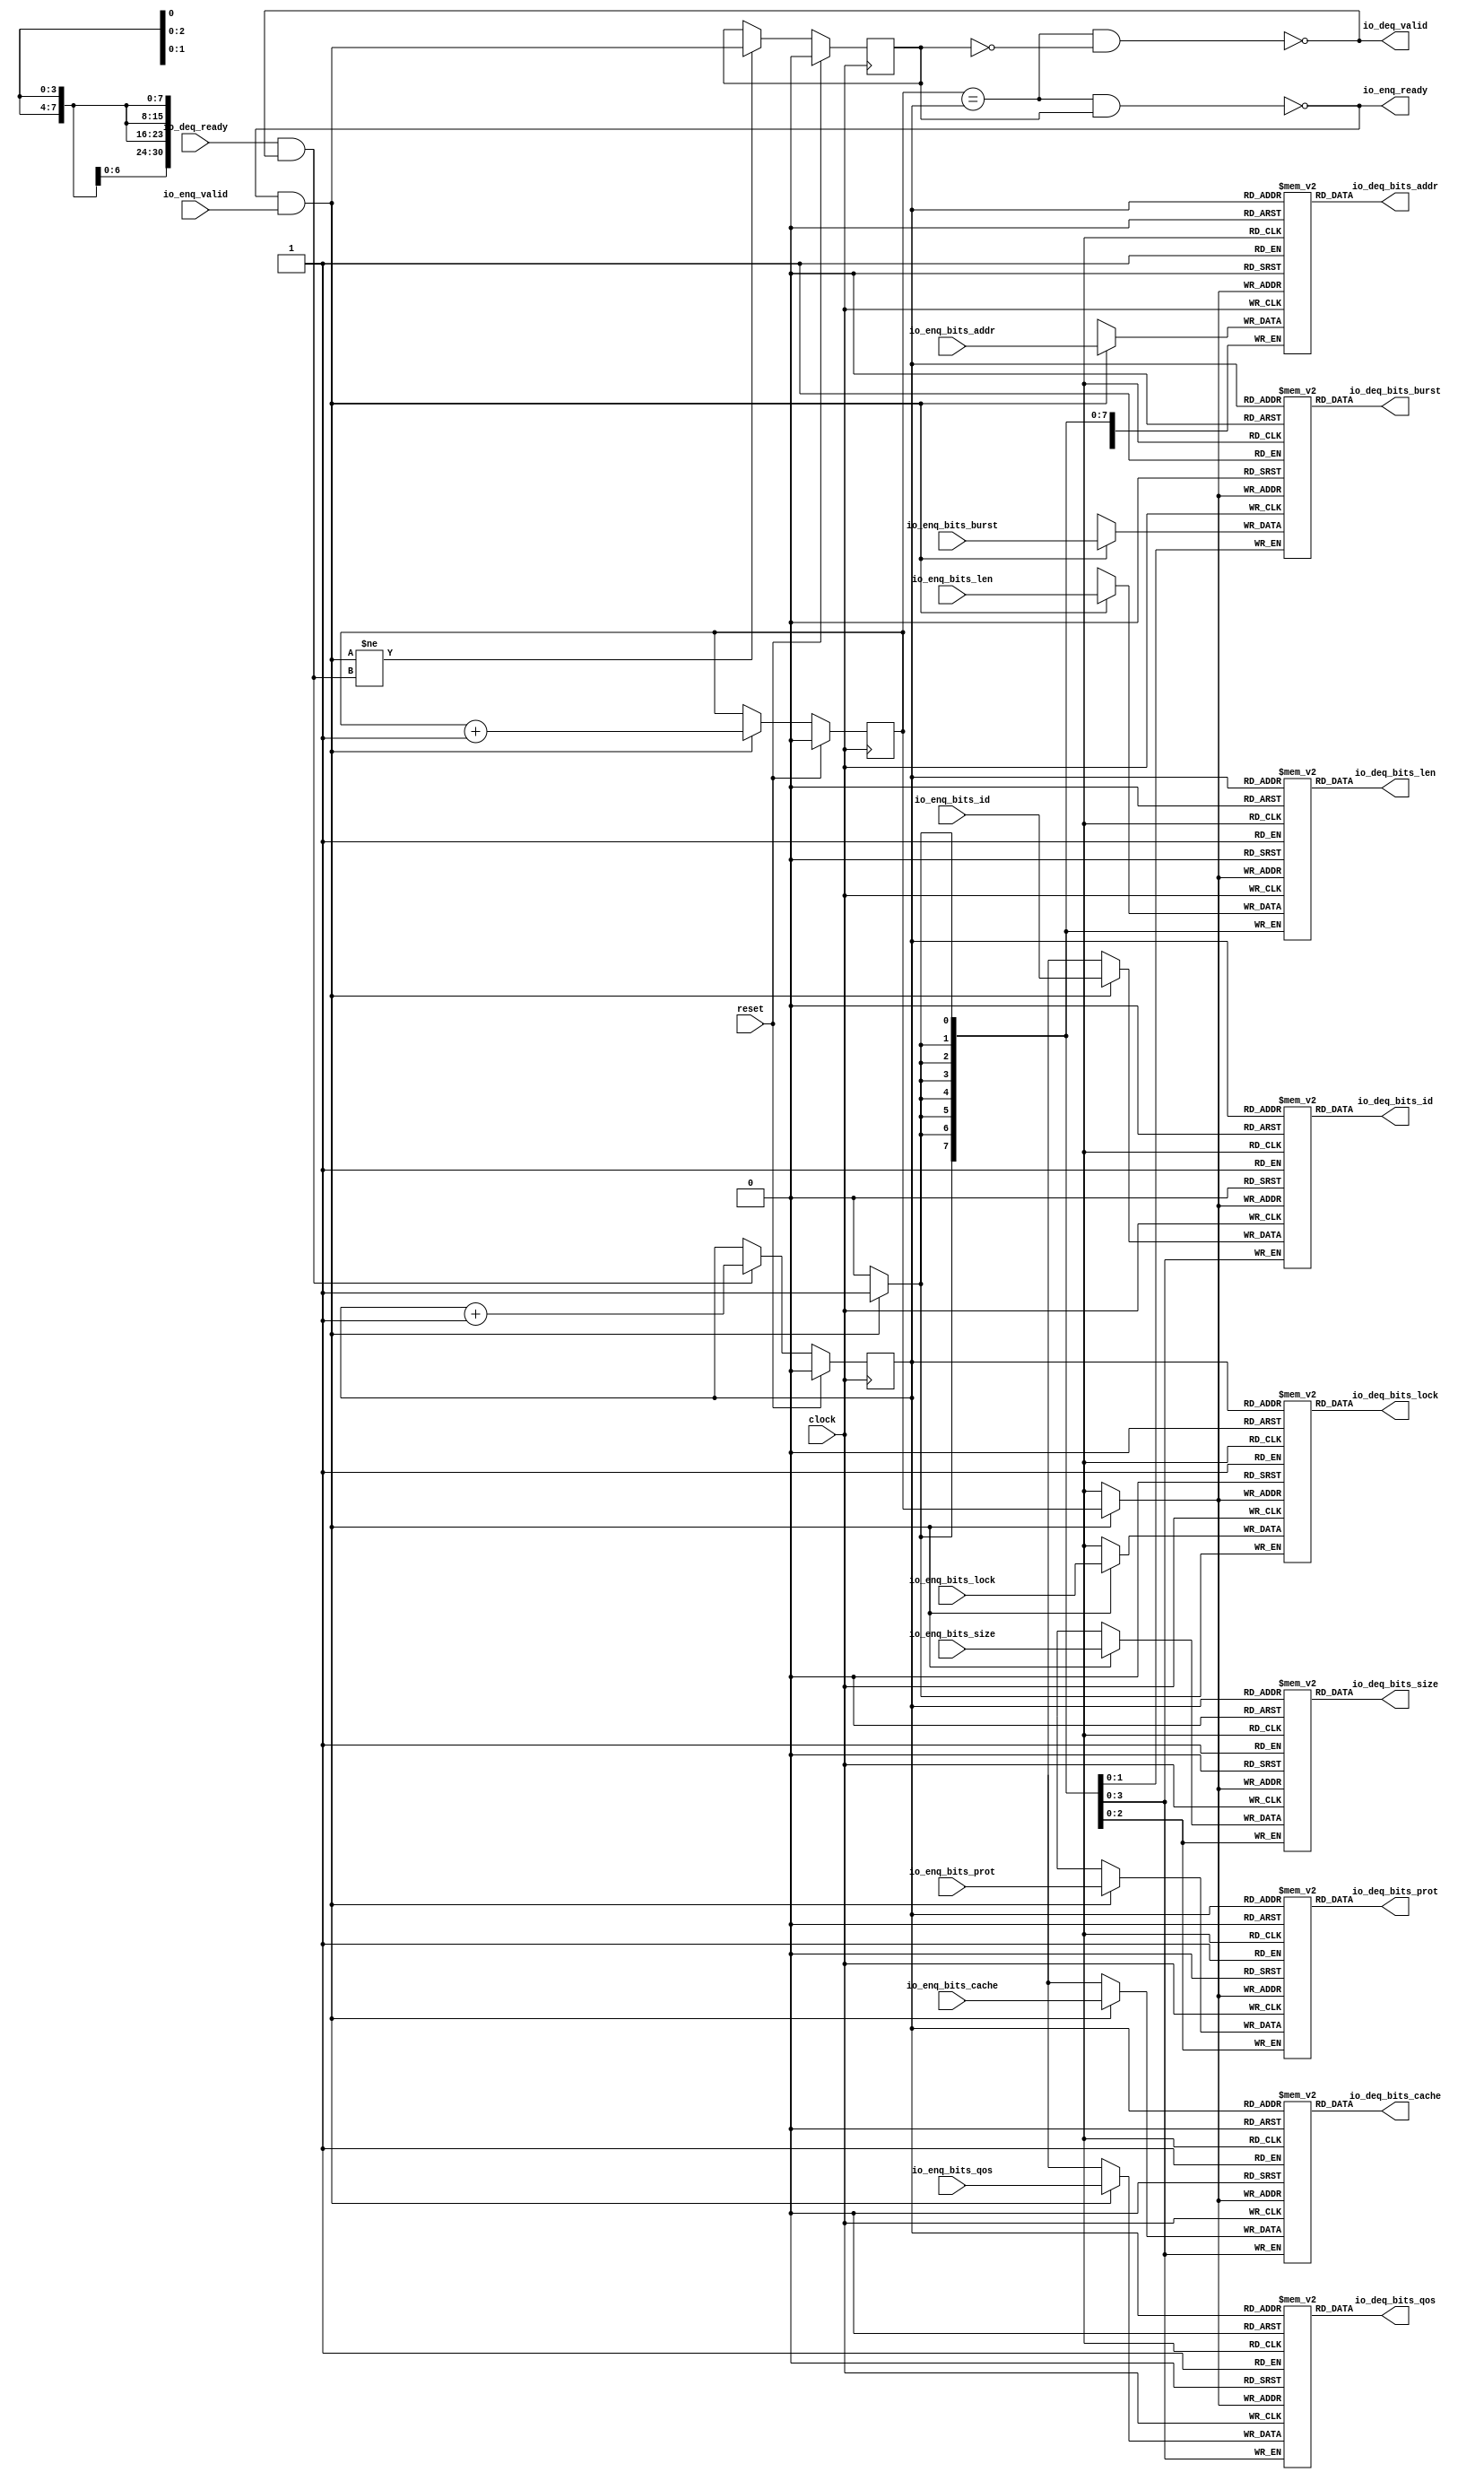
module Queue( // @[:freechips.rocketchip.system.DefaultRV32Config.fir@22351.2]
  input         clock, // @[:freechips.rocketchip.system.DefaultRV32Config.fir@22352.4]
  input         reset, // @[:freechips.rocketchip.system.DefaultRV32Config.fir@22353.4]
  output        io_enq_ready, // @[:freechips.rocketchip.system.DefaultRV32Config.fir@22354.4]
  input         io_enq_valid, // @[:freechips.rocketchip.system.DefaultRV32Config.fir@22354.4]
  input  [3:0]  io_enq_bits_id, // @[:freechips.rocketchip.system.DefaultRV32Config.fir@22354.4]
  input  [30:0] io_enq_bits_addr, // @[:freechips.rocketchip.system.DefaultRV32Config.fir@22354.4]
  input  [7:0]  io_enq_bits_len, // @[:freechips.rocketchip.system.DefaultRV32Config.fir@22354.4]
  input  [2:0]  io_enq_bits_size, // @[:freechips.rocketchip.system.DefaultRV32Config.fir@22354.4]
  input  [1:0]  io_enq_bits_burst, // @[:freechips.rocketchip.system.DefaultRV32Config.fir@22354.4]
  input         io_enq_bits_lock, // @[:freechips.rocketchip.system.DefaultRV32Config.fir@22354.4]
  input  [3:0]  io_enq_bits_cache, // @[:freechips.rocketchip.system.DefaultRV32Config.fir@22354.4]
  input  [2:0]  io_enq_bits_prot, // @[:freechips.rocketchip.system.DefaultRV32Config.fir@22354.4]
  input  [3:0]  io_enq_bits_qos, // @[:freechips.rocketchip.system.DefaultRV32Config.fir@22354.4]
  input         io_deq_ready, // @[:freechips.rocketchip.system.DefaultRV32Config.fir@22354.4]
  output        io_deq_valid, // @[:freechips.rocketchip.system.DefaultRV32Config.fir@22354.4]
  output [3:0]  io_deq_bits_id, // @[:freechips.rocketchip.system.DefaultRV32Config.fir@22354.4]
  output [30:0] io_deq_bits_addr, // @[:freechips.rocketchip.system.DefaultRV32Config.fir@22354.4]
  output [7:0]  io_deq_bits_len, // @[:freechips.rocketchip.system.DefaultRV32Config.fir@22354.4]
  output [2:0]  io_deq_bits_size, // @[:freechips.rocketchip.system.DefaultRV32Config.fir@22354.4]
  output [1:0]  io_deq_bits_burst, // @[:freechips.rocketchip.system.DefaultRV32Config.fir@22354.4]
  output        io_deq_bits_lock, // @[:freechips.rocketchip.system.DefaultRV32Config.fir@22354.4]
  output [3:0]  io_deq_bits_cache, // @[:freechips.rocketchip.system.DefaultRV32Config.fir@22354.4]
  output [2:0]  io_deq_bits_prot, // @[:freechips.rocketchip.system.DefaultRV32Config.fir@22354.4]
  output [3:0]  io_deq_bits_qos // @[:freechips.rocketchip.system.DefaultRV32Config.fir@22354.4]
);
`ifdef RANDOMIZE_MEM_INIT
  reg [31:0] _RAND_0;
  reg [31:0] _RAND_1;
  reg [31:0] _RAND_2;
  reg [31:0] _RAND_3;
  reg [31:0] _RAND_4;
  reg [31:0] _RAND_5;
  reg [31:0] _RAND_6;
  reg [31:0] _RAND_7;
  reg [31:0] _RAND_8;
`endif // RANDOMIZE_MEM_INIT
`ifdef RANDOMIZE_REG_INIT
  reg [31:0] _RAND_9;
  reg [31:0] _RAND_10;
  reg [31:0] _RAND_11;
`endif // RANDOMIZE_REG_INIT
  reg [3:0] ram_id [0:1]; // @[Decoupled.scala 209:16:freechips.rocketchip.system.DefaultRV32Config.fir@22356.4]
  wire [3:0] ram_id__T_15_data; // @[Decoupled.scala 209:16:freechips.rocketchip.system.DefaultRV32Config.fir@22356.4]
  wire  ram_id__T_15_addr; // @[Decoupled.scala 209:16:freechips.rocketchip.system.DefaultRV32Config.fir@22356.4]
  wire [3:0] ram_id__T_5_data; // @[Decoupled.scala 209:16:freechips.rocketchip.system.DefaultRV32Config.fir@22356.4]
  wire  ram_id__T_5_addr; // @[Decoupled.scala 209:16:freechips.rocketchip.system.DefaultRV32Config.fir@22356.4]
  wire  ram_id__T_5_mask; // @[Decoupled.scala 209:16:freechips.rocketchip.system.DefaultRV32Config.fir@22356.4]
  wire  ram_id__T_5_en; // @[Decoupled.scala 209:16:freechips.rocketchip.system.DefaultRV32Config.fir@22356.4]
  reg [30:0] ram_addr [0:1]; // @[Decoupled.scala 209:16:freechips.rocketchip.system.DefaultRV32Config.fir@22356.4]
  wire [30:0] ram_addr__T_15_data; // @[Decoupled.scala 209:16:freechips.rocketchip.system.DefaultRV32Config.fir@22356.4]
  wire  ram_addr__T_15_addr; // @[Decoupled.scala 209:16:freechips.rocketchip.system.DefaultRV32Config.fir@22356.4]
  wire [30:0] ram_addr__T_5_data; // @[Decoupled.scala 209:16:freechips.rocketchip.system.DefaultRV32Config.fir@22356.4]
  wire  ram_addr__T_5_addr; // @[Decoupled.scala 209:16:freechips.rocketchip.system.DefaultRV32Config.fir@22356.4]
  wire  ram_addr__T_5_mask; // @[Decoupled.scala 209:16:freechips.rocketchip.system.DefaultRV32Config.fir@22356.4]
  wire  ram_addr__T_5_en; // @[Decoupled.scala 209:16:freechips.rocketchip.system.DefaultRV32Config.fir@22356.4]
  reg [7:0] ram_len [0:1]; // @[Decoupled.scala 209:16:freechips.rocketchip.system.DefaultRV32Config.fir@22356.4]
  wire [7:0] ram_len__T_15_data; // @[Decoupled.scala 209:16:freechips.rocketchip.system.DefaultRV32Config.fir@22356.4]
  wire  ram_len__T_15_addr; // @[Decoupled.scala 209:16:freechips.rocketchip.system.DefaultRV32Config.fir@22356.4]
  wire [7:0] ram_len__T_5_data; // @[Decoupled.scala 209:16:freechips.rocketchip.system.DefaultRV32Config.fir@22356.4]
  wire  ram_len__T_5_addr; // @[Decoupled.scala 209:16:freechips.rocketchip.system.DefaultRV32Config.fir@22356.4]
  wire  ram_len__T_5_mask; // @[Decoupled.scala 209:16:freechips.rocketchip.system.DefaultRV32Config.fir@22356.4]
  wire  ram_len__T_5_en; // @[Decoupled.scala 209:16:freechips.rocketchip.system.DefaultRV32Config.fir@22356.4]
  reg [2:0] ram_size [0:1]; // @[Decoupled.scala 209:16:freechips.rocketchip.system.DefaultRV32Config.fir@22356.4]
  wire [2:0] ram_size__T_15_data; // @[Decoupled.scala 209:16:freechips.rocketchip.system.DefaultRV32Config.fir@22356.4]
  wire  ram_size__T_15_addr; // @[Decoupled.scala 209:16:freechips.rocketchip.system.DefaultRV32Config.fir@22356.4]
  wire [2:0] ram_size__T_5_data; // @[Decoupled.scala 209:16:freechips.rocketchip.system.DefaultRV32Config.fir@22356.4]
  wire  ram_size__T_5_addr; // @[Decoupled.scala 209:16:freechips.rocketchip.system.DefaultRV32Config.fir@22356.4]
  wire  ram_size__T_5_mask; // @[Decoupled.scala 209:16:freechips.rocketchip.system.DefaultRV32Config.fir@22356.4]
  wire  ram_size__T_5_en; // @[Decoupled.scala 209:16:freechips.rocketchip.system.DefaultRV32Config.fir@22356.4]
  reg [1:0] ram_burst [0:1]; // @[Decoupled.scala 209:16:freechips.rocketchip.system.DefaultRV32Config.fir@22356.4]
  wire [1:0] ram_burst__T_15_data; // @[Decoupled.scala 209:16:freechips.rocketchip.system.DefaultRV32Config.fir@22356.4]
  wire  ram_burst__T_15_addr; // @[Decoupled.scala 209:16:freechips.rocketchip.system.DefaultRV32Config.fir@22356.4]
  wire [1:0] ram_burst__T_5_data; // @[Decoupled.scala 209:16:freechips.rocketchip.system.DefaultRV32Config.fir@22356.4]
  wire  ram_burst__T_5_addr; // @[Decoupled.scala 209:16:freechips.rocketchip.system.DefaultRV32Config.fir@22356.4]
  wire  ram_burst__T_5_mask; // @[Decoupled.scala 209:16:freechips.rocketchip.system.DefaultRV32Config.fir@22356.4]
  wire  ram_burst__T_5_en; // @[Decoupled.scala 209:16:freechips.rocketchip.system.DefaultRV32Config.fir@22356.4]
  reg  ram_lock [0:1]; // @[Decoupled.scala 209:16:freechips.rocketchip.system.DefaultRV32Config.fir@22356.4]
  wire  ram_lock__T_15_data; // @[Decoupled.scala 209:16:freechips.rocketchip.system.DefaultRV32Config.fir@22356.4]
  wire  ram_lock__T_15_addr; // @[Decoupled.scala 209:16:freechips.rocketchip.system.DefaultRV32Config.fir@22356.4]
  wire  ram_lock__T_5_data; // @[Decoupled.scala 209:16:freechips.rocketchip.system.DefaultRV32Config.fir@22356.4]
  wire  ram_lock__T_5_addr; // @[Decoupled.scala 209:16:freechips.rocketchip.system.DefaultRV32Config.fir@22356.4]
  wire  ram_lock__T_5_mask; // @[Decoupled.scala 209:16:freechips.rocketchip.system.DefaultRV32Config.fir@22356.4]
  wire  ram_lock__T_5_en; // @[Decoupled.scala 209:16:freechips.rocketchip.system.DefaultRV32Config.fir@22356.4]
  reg [3:0] ram_cache [0:1]; // @[Decoupled.scala 209:16:freechips.rocketchip.system.DefaultRV32Config.fir@22356.4]
  wire [3:0] ram_cache__T_15_data; // @[Decoupled.scala 209:16:freechips.rocketchip.system.DefaultRV32Config.fir@22356.4]
  wire  ram_cache__T_15_addr; // @[Decoupled.scala 209:16:freechips.rocketchip.system.DefaultRV32Config.fir@22356.4]
  wire [3:0] ram_cache__T_5_data; // @[Decoupled.scala 209:16:freechips.rocketchip.system.DefaultRV32Config.fir@22356.4]
  wire  ram_cache__T_5_addr; // @[Decoupled.scala 209:16:freechips.rocketchip.system.DefaultRV32Config.fir@22356.4]
  wire  ram_cache__T_5_mask; // @[Decoupled.scala 209:16:freechips.rocketchip.system.DefaultRV32Config.fir@22356.4]
  wire  ram_cache__T_5_en; // @[Decoupled.scala 209:16:freechips.rocketchip.system.DefaultRV32Config.fir@22356.4]
  reg [2:0] ram_prot [0:1]; // @[Decoupled.scala 209:16:freechips.rocketchip.system.DefaultRV32Config.fir@22356.4]
  wire [2:0] ram_prot__T_15_data; // @[Decoupled.scala 209:16:freechips.rocketchip.system.DefaultRV32Config.fir@22356.4]
  wire  ram_prot__T_15_addr; // @[Decoupled.scala 209:16:freechips.rocketchip.system.DefaultRV32Config.fir@22356.4]
  wire [2:0] ram_prot__T_5_data; // @[Decoupled.scala 209:16:freechips.rocketchip.system.DefaultRV32Config.fir@22356.4]
  wire  ram_prot__T_5_addr; // @[Decoupled.scala 209:16:freechips.rocketchip.system.DefaultRV32Config.fir@22356.4]
  wire  ram_prot__T_5_mask; // @[Decoupled.scala 209:16:freechips.rocketchip.system.DefaultRV32Config.fir@22356.4]
  wire  ram_prot__T_5_en; // @[Decoupled.scala 209:16:freechips.rocketchip.system.DefaultRV32Config.fir@22356.4]
  reg [3:0] ram_qos [0:1]; // @[Decoupled.scala 209:16:freechips.rocketchip.system.DefaultRV32Config.fir@22356.4]
  wire [3:0] ram_qos__T_15_data; // @[Decoupled.scala 209:16:freechips.rocketchip.system.DefaultRV32Config.fir@22356.4]
  wire  ram_qos__T_15_addr; // @[Decoupled.scala 209:16:freechips.rocketchip.system.DefaultRV32Config.fir@22356.4]
  wire [3:0] ram_qos__T_5_data; // @[Decoupled.scala 209:16:freechips.rocketchip.system.DefaultRV32Config.fir@22356.4]
  wire  ram_qos__T_5_addr; // @[Decoupled.scala 209:16:freechips.rocketchip.system.DefaultRV32Config.fir@22356.4]
  wire  ram_qos__T_5_mask; // @[Decoupled.scala 209:16:freechips.rocketchip.system.DefaultRV32Config.fir@22356.4]
  wire  ram_qos__T_5_en; // @[Decoupled.scala 209:16:freechips.rocketchip.system.DefaultRV32Config.fir@22356.4]
  reg  _T; // @[Counter.scala 29:33:freechips.rocketchip.system.DefaultRV32Config.fir@22357.4]
  reg  _T_1; // @[Counter.scala 29:33:freechips.rocketchip.system.DefaultRV32Config.fir@22358.4]
  reg  maybe_full; // @[Decoupled.scala 212:27:freechips.rocketchip.system.DefaultRV32Config.fir@22359.4]
  wire  ptr_match; // @[Decoupled.scala 214:33:freechips.rocketchip.system.DefaultRV32Config.fir@22360.4]
  wire  _T_2; // @[Decoupled.scala 215:28:freechips.rocketchip.system.DefaultRV32Config.fir@22361.4]
  wire  empty; // @[Decoupled.scala 215:25:freechips.rocketchip.system.DefaultRV32Config.fir@22362.4]
  wire  full; // @[Decoupled.scala 216:24:freechips.rocketchip.system.DefaultRV32Config.fir@22363.4]
  wire  do_enq; // @[Decoupled.scala 40:37:freechips.rocketchip.system.DefaultRV32Config.fir@22364.4]
  wire  do_deq; // @[Decoupled.scala 40:37:freechips.rocketchip.system.DefaultRV32Config.fir@22367.4]
  wire  _T_8; // @[Counter.scala 39:22:freechips.rocketchip.system.DefaultRV32Config.fir@22383.6]
  wire  _T_11; // @[Counter.scala 39:22:freechips.rocketchip.system.DefaultRV32Config.fir@22389.6]
  wire  _T_12; // @[Decoupled.scala 227:16:freechips.rocketchip.system.DefaultRV32Config.fir@22392.4]
  assign ram_id__T_15_addr = _T_1;
  assign ram_id__T_15_data = ram_id[ram_id__T_15_addr]; // @[Decoupled.scala 209:16:freechips.rocketchip.system.DefaultRV32Config.fir@22356.4]
  assign ram_id__T_5_data = io_enq_bits_id;
  assign ram_id__T_5_addr = _T;
  assign ram_id__T_5_mask = 1'h1;
  assign ram_id__T_5_en = io_enq_ready & io_enq_valid;
  assign ram_addr__T_15_addr = _T_1;
  assign ram_addr__T_15_data = ram_addr[ram_addr__T_15_addr]; // @[Decoupled.scala 209:16:freechips.rocketchip.system.DefaultRV32Config.fir@22356.4]
  assign ram_addr__T_5_data = io_enq_bits_addr;
  assign ram_addr__T_5_addr = _T;
  assign ram_addr__T_5_mask = 1'h1;
  assign ram_addr__T_5_en = io_enq_ready & io_enq_valid;
  assign ram_len__T_15_addr = _T_1;
  assign ram_len__T_15_data = ram_len[ram_len__T_15_addr]; // @[Decoupled.scala 209:16:freechips.rocketchip.system.DefaultRV32Config.fir@22356.4]
  assign ram_len__T_5_data = io_enq_bits_len;
  assign ram_len__T_5_addr = _T;
  assign ram_len__T_5_mask = 1'h1;
  assign ram_len__T_5_en = io_enq_ready & io_enq_valid;
  assign ram_size__T_15_addr = _T_1;
  assign ram_size__T_15_data = ram_size[ram_size__T_15_addr]; // @[Decoupled.scala 209:16:freechips.rocketchip.system.DefaultRV32Config.fir@22356.4]
  assign ram_size__T_5_data = io_enq_bits_size;
  assign ram_size__T_5_addr = _T;
  assign ram_size__T_5_mask = 1'h1;
  assign ram_size__T_5_en = io_enq_ready & io_enq_valid;
  assign ram_burst__T_15_addr = _T_1;
  assign ram_burst__T_15_data = ram_burst[ram_burst__T_15_addr]; // @[Decoupled.scala 209:16:freechips.rocketchip.system.DefaultRV32Config.fir@22356.4]
  assign ram_burst__T_5_data = io_enq_bits_burst;
  assign ram_burst__T_5_addr = _T;
  assign ram_burst__T_5_mask = 1'h1;
  assign ram_burst__T_5_en = io_enq_ready & io_enq_valid;
  assign ram_lock__T_15_addr = _T_1;
  assign ram_lock__T_15_data = ram_lock[ram_lock__T_15_addr]; // @[Decoupled.scala 209:16:freechips.rocketchip.system.DefaultRV32Config.fir@22356.4]
  assign ram_lock__T_5_data = io_enq_bits_lock;
  assign ram_lock__T_5_addr = _T;
  assign ram_lock__T_5_mask = 1'h1;
  assign ram_lock__T_5_en = io_enq_ready & io_enq_valid;
  assign ram_cache__T_15_addr = _T_1;
  assign ram_cache__T_15_data = ram_cache[ram_cache__T_15_addr]; // @[Decoupled.scala 209:16:freechips.rocketchip.system.DefaultRV32Config.fir@22356.4]
  assign ram_cache__T_5_data = io_enq_bits_cache;
  assign ram_cache__T_5_addr = _T;
  assign ram_cache__T_5_mask = 1'h1;
  assign ram_cache__T_5_en = io_enq_ready & io_enq_valid;
  assign ram_prot__T_15_addr = _T_1;
  assign ram_prot__T_15_data = ram_prot[ram_prot__T_15_addr]; // @[Decoupled.scala 209:16:freechips.rocketchip.system.DefaultRV32Config.fir@22356.4]
  assign ram_prot__T_5_data = io_enq_bits_prot;
  assign ram_prot__T_5_addr = _T;
  assign ram_prot__T_5_mask = 1'h1;
  assign ram_prot__T_5_en = io_enq_ready & io_enq_valid;
  assign ram_qos__T_15_addr = _T_1;
  assign ram_qos__T_15_data = ram_qos[ram_qos__T_15_addr]; // @[Decoupled.scala 209:16:freechips.rocketchip.system.DefaultRV32Config.fir@22356.4]
  assign ram_qos__T_5_data = io_enq_bits_qos;
  assign ram_qos__T_5_addr = _T;
  assign ram_qos__T_5_mask = 1'h1;
  assign ram_qos__T_5_en = io_enq_ready & io_enq_valid;
  assign ptr_match = _T == _T_1; // @[Decoupled.scala 214:33:freechips.rocketchip.system.DefaultRV32Config.fir@22360.4]
  assign _T_2 = ~maybe_full; // @[Decoupled.scala 215:28:freechips.rocketchip.system.DefaultRV32Config.fir@22361.4]
  assign empty = ptr_match & _T_2; // @[Decoupled.scala 215:25:freechips.rocketchip.system.DefaultRV32Config.fir@22362.4]
  assign full = ptr_match & maybe_full; // @[Decoupled.scala 216:24:freechips.rocketchip.system.DefaultRV32Config.fir@22363.4]
  assign do_enq = io_enq_ready & io_enq_valid; // @[Decoupled.scala 40:37:freechips.rocketchip.system.DefaultRV32Config.fir@22364.4]
  assign do_deq = io_deq_ready & io_deq_valid; // @[Decoupled.scala 40:37:freechips.rocketchip.system.DefaultRV32Config.fir@22367.4]
  assign _T_8 = _T + 1'h1; // @[Counter.scala 39:22:freechips.rocketchip.system.DefaultRV32Config.fir@22383.6]
  assign _T_11 = _T_1 + 1'h1; // @[Counter.scala 39:22:freechips.rocketchip.system.DefaultRV32Config.fir@22389.6]
  assign _T_12 = do_enq != do_deq; // @[Decoupled.scala 227:16:freechips.rocketchip.system.DefaultRV32Config.fir@22392.4]
  assign io_enq_ready = ~full; // @[Decoupled.scala 232:16:freechips.rocketchip.system.DefaultRV32Config.fir@22399.4]
  assign io_deq_valid = ~empty; // @[Decoupled.scala 231:16:freechips.rocketchip.system.DefaultRV32Config.fir@22397.4]
  assign io_deq_bits_id = ram_id__T_15_data; // @[Decoupled.scala 233:15:freechips.rocketchip.system.DefaultRV32Config.fir@22409.4]
  assign io_deq_bits_addr = ram_addr__T_15_data; // @[Decoupled.scala 233:15:freechips.rocketchip.system.DefaultRV32Config.fir@22408.4]
  assign io_deq_bits_len = ram_len__T_15_data; // @[Decoupled.scala 233:15:freechips.rocketchip.system.DefaultRV32Config.fir@22407.4]
  assign io_deq_bits_size = ram_size__T_15_data; // @[Decoupled.scala 233:15:freechips.rocketchip.system.DefaultRV32Config.fir@22406.4]
  assign io_deq_bits_burst = ram_burst__T_15_data; // @[Decoupled.scala 233:15:freechips.rocketchip.system.DefaultRV32Config.fir@22405.4]
  assign io_deq_bits_lock = ram_lock__T_15_data; // @[Decoupled.scala 233:15:freechips.rocketchip.system.DefaultRV32Config.fir@22404.4]
  assign io_deq_bits_cache = ram_cache__T_15_data; // @[Decoupled.scala 233:15:freechips.rocketchip.system.DefaultRV32Config.fir@22403.4]
  assign io_deq_bits_prot = ram_prot__T_15_data; // @[Decoupled.scala 233:15:freechips.rocketchip.system.DefaultRV32Config.fir@22402.4]
  assign io_deq_bits_qos = ram_qos__T_15_data; // @[Decoupled.scala 233:15:freechips.rocketchip.system.DefaultRV32Config.fir@22401.4]
`ifdef RANDOMIZE_GARBAGE_ASSIGN
`define RANDOMIZE
`endif
`ifdef RANDOMIZE_INVALID_ASSIGN
`define RANDOMIZE
`endif
`ifdef RANDOMIZE_REG_INIT
`define RANDOMIZE
`endif
`ifdef RANDOMIZE_MEM_INIT
`define RANDOMIZE
`endif
`ifndef RANDOM
`define RANDOM $random
`endif
`ifdef RANDOMIZE_MEM_INIT
  integer initvar;
`endif
`ifndef SYNTHESIS
`ifdef FIRRTL_BEFORE_INITIAL
`FIRRTL_BEFORE_INITIAL
`endif
initial begin
  `ifdef RANDOMIZE
    `ifdef INIT_RANDOM
      `INIT_RANDOM
    `endif
    `ifndef VERILATOR
      `ifdef RANDOMIZE_DELAY
        #`RANDOMIZE_DELAY begin end
      `else
        #0.002 begin end
      `endif
    `endif
`ifdef RANDOMIZE_MEM_INIT
  _RAND_0 = {1{`RANDOM}};
  for (initvar = 0; initvar < 2; initvar = initvar+1)
    ram_id[initvar] = _RAND_0[3:0];
  _RAND_1 = {1{`RANDOM}};
  for (initvar = 0; initvar < 2; initvar = initvar+1)
    ram_addr[initvar] = _RAND_1[30:0];
  _RAND_2 = {1{`RANDOM}};
  for (initvar = 0; initvar < 2; initvar = initvar+1)
    ram_len[initvar] = _RAND_2[7:0];
  _RAND_3 = {1{`RANDOM}};
  for (initvar = 0; initvar < 2; initvar = initvar+1)
    ram_size[initvar] = _RAND_3[2:0];
  _RAND_4 = {1{`RANDOM}};
  for (initvar = 0; initvar < 2; initvar = initvar+1)
    ram_burst[initvar] = _RAND_4[1:0];
  _RAND_5 = {1{`RANDOM}};
  for (initvar = 0; initvar < 2; initvar = initvar+1)
    ram_lock[initvar] = _RAND_5[0:0];
  _RAND_6 = {1{`RANDOM}};
  for (initvar = 0; initvar < 2; initvar = initvar+1)
    ram_cache[initvar] = _RAND_6[3:0];
  _RAND_7 = {1{`RANDOM}};
  for (initvar = 0; initvar < 2; initvar = initvar+1)
    ram_prot[initvar] = _RAND_7[2:0];
  _RAND_8 = {1{`RANDOM}};
  for (initvar = 0; initvar < 2; initvar = initvar+1)
    ram_qos[initvar] = _RAND_8[3:0];
`endif // RANDOMIZE_MEM_INIT
`ifdef RANDOMIZE_REG_INIT
  _RAND_9 = {1{`RANDOM}};
  _T = _RAND_9[0:0];
  _RAND_10 = {1{`RANDOM}};
  _T_1 = _RAND_10[0:0];
  _RAND_11 = {1{`RANDOM}};
  maybe_full = _RAND_11[0:0];
`endif // RANDOMIZE_REG_INIT
  `endif // RANDOMIZE
end // initial
`ifdef FIRRTL_AFTER_INITIAL
`FIRRTL_AFTER_INITIAL
`endif
`endif // SYNTHESIS
  always @(posedge clock) begin
    if(ram_id__T_5_en & ram_id__T_5_mask) begin
      ram_id[ram_id__T_5_addr] <= ram_id__T_5_data; // @[Decoupled.scala 209:16:freechips.rocketchip.system.DefaultRV32Config.fir@22356.4]
    end
    if(ram_addr__T_5_en & ram_addr__T_5_mask) begin
      ram_addr[ram_addr__T_5_addr] <= ram_addr__T_5_data; // @[Decoupled.scala 209:16:freechips.rocketchip.system.DefaultRV32Config.fir@22356.4]
    end
    if(ram_len__T_5_en & ram_len__T_5_mask) begin
      ram_len[ram_len__T_5_addr] <= ram_len__T_5_data; // @[Decoupled.scala 209:16:freechips.rocketchip.system.DefaultRV32Config.fir@22356.4]
    end
    if(ram_size__T_5_en & ram_size__T_5_mask) begin
      ram_size[ram_size__T_5_addr] <= ram_size__T_5_data; // @[Decoupled.scala 209:16:freechips.rocketchip.system.DefaultRV32Config.fir@22356.4]
    end
    if(ram_burst__T_5_en & ram_burst__T_5_mask) begin
      ram_burst[ram_burst__T_5_addr] <= ram_burst__T_5_data; // @[Decoupled.scala 209:16:freechips.rocketchip.system.DefaultRV32Config.fir@22356.4]
    end
    if(ram_lock__T_5_en & ram_lock__T_5_mask) begin
      ram_lock[ram_lock__T_5_addr] <= ram_lock__T_5_data; // @[Decoupled.scala 209:16:freechips.rocketchip.system.DefaultRV32Config.fir@22356.4]
    end
    if(ram_cache__T_5_en & ram_cache__T_5_mask) begin
      ram_cache[ram_cache__T_5_addr] <= ram_cache__T_5_data; // @[Decoupled.scala 209:16:freechips.rocketchip.system.DefaultRV32Config.fir@22356.4]
    end
    if(ram_prot__T_5_en & ram_prot__T_5_mask) begin
      ram_prot[ram_prot__T_5_addr] <= ram_prot__T_5_data; // @[Decoupled.scala 209:16:freechips.rocketchip.system.DefaultRV32Config.fir@22356.4]
    end
    if(ram_qos__T_5_en & ram_qos__T_5_mask) begin
      ram_qos[ram_qos__T_5_addr] <= ram_qos__T_5_data; // @[Decoupled.scala 209:16:freechips.rocketchip.system.DefaultRV32Config.fir@22356.4]
    end
    if (reset) begin
      _T <= 1'h0;
    end else if (do_enq) begin
      _T <= _T_8;
    end
    if (reset) begin
      _T_1 <= 1'h0;
    end else if (do_deq) begin
      _T_1 <= _T_11;
    end
    if (reset) begin
      maybe_full <= 1'h0;
    end else if (_T_12) begin
      maybe_full <= do_enq;
    end
  end
endmodule